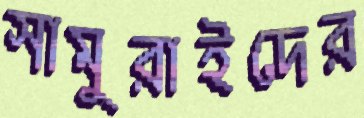
সামুরাইদের